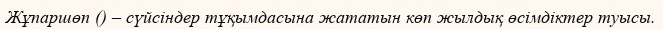
Жұпаршөп () – сүйсіндер тұқымдасына жататын көп жылдық өсімдіктер туысы.